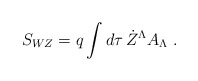
\begin{align*}S_{WZ}= q \int d\tau\, \dot Z^\Lambda A_\Lambda \ .\end{align*}